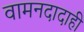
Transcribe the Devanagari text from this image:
वामनदादाही